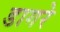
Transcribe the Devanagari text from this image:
डागरे